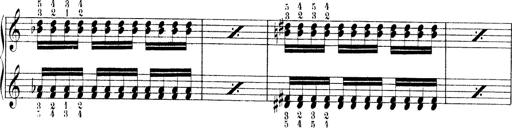
Title: Technische Studien
Composer: Franz Liszt